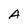
Character: A